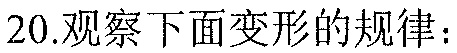
20.观察下面变形的规律：